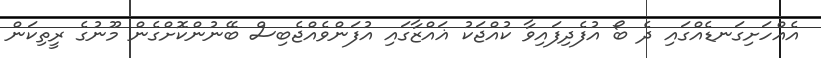
އެއްހަށިގަނޑެއްގައި ދެ ބޯ އުފެދިފައިވާ ކުއްޖަކު ޣައްޒާގައި އުފަންވެއްޖެބިސް ބޭނުންކޮށްގެން މޫނުގެ ރީތިކަން